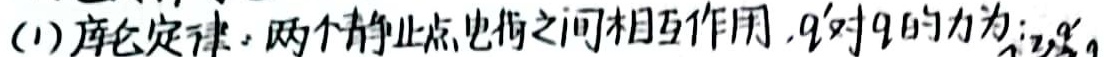
(1) 库仑定律：两个静止点电荷之间相互作用，$q'$对$q$的力为：